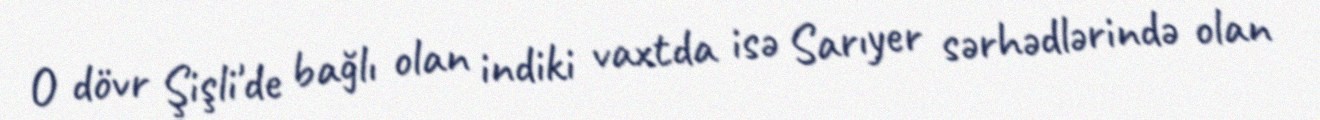
O dövr Şişli'de bağlı olan indiki vaxtda isə Sarıyer sərhədlərində olan